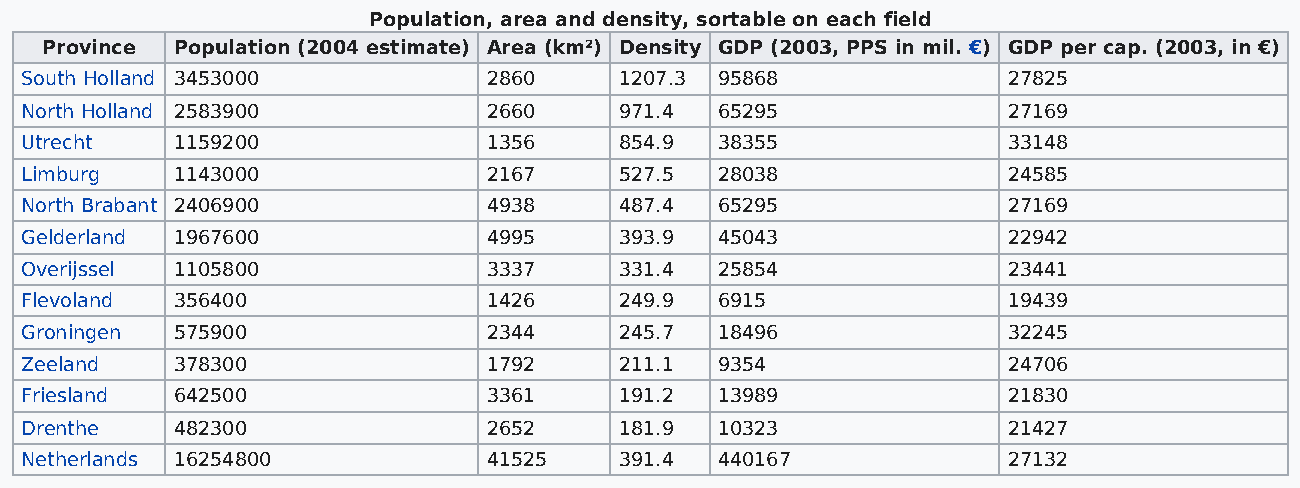
Population, area and density, sortable on each field
 Province Population (2004 estimate) Area (km²) Density GDP (2003, PPS in mil. €) GDP per cap. (2003, in €)
 South Holland 3453000          2860     1207.3 95868              27825
 North Holland 2583900          2660     971.4  65295              27169
 Utrecht   1159200              1356     854.9  38355              33148
 Limburg   1143000              2167     527.5  28038              24585
 North Brabant 2406900          4938     487.4  65295              27169
 Gelderland 1967600             4995     393.9  45043              22942
 Overijssel 1105800             3337     331.4  25854              23441
 Flevoland 356400               1426     249.9  6915               19439
 Groningen 575900               2344     245.7  18496              32245
 Zeeland   378300               1792     211.1  9354               24706
 Friesland 642500               3361     191.2  13989              21830
 Drenthe   482300               2652     181.9  10323              21427
 Netherlands 16254800           41525    391.4  440167             27132